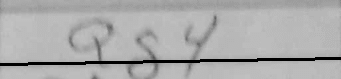
Transcription: Qg4